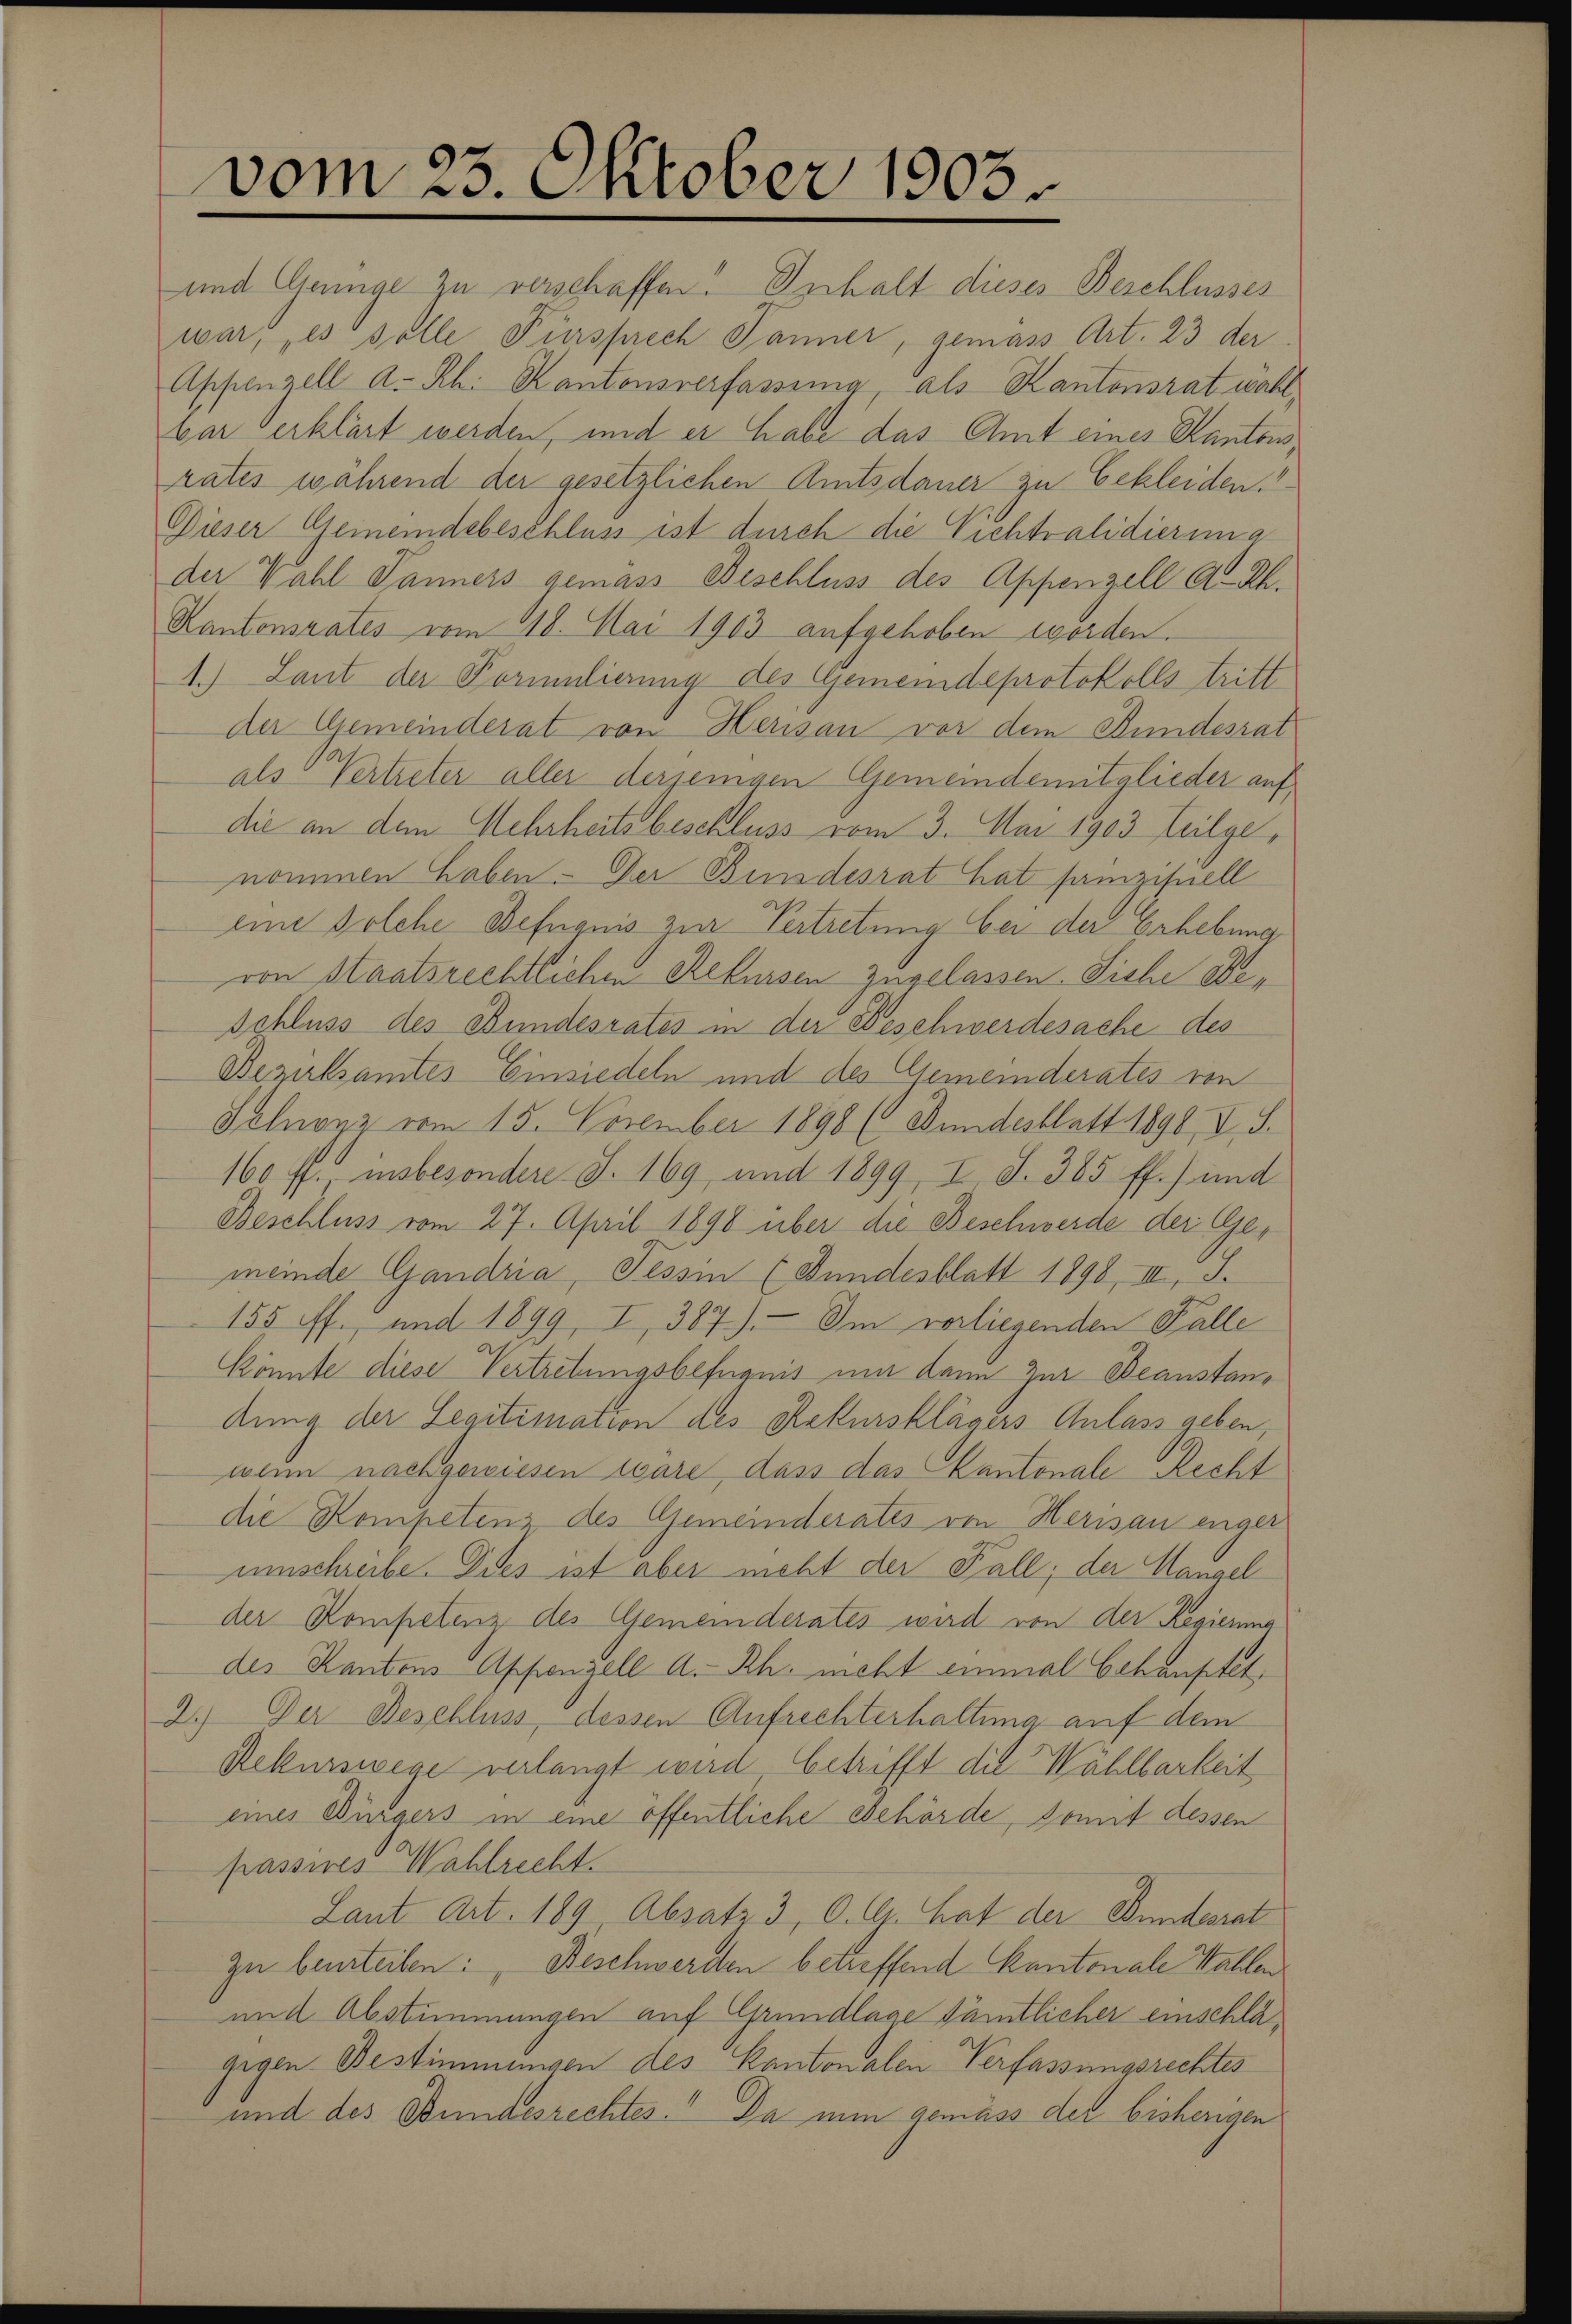
vom 23. Oktober 1903.

und Genge zu verschaffen. Inhalt dieses Beschlusses
war; es solle Fürsprech Jänner, gemäss Art. 23 der
Appenzell A.-Rh. Kantonsverfassung, als Kantonsrat wählbar erklärt werden, und er habe das Amt eines Kantonsrates während der gesetzlichen Amtsdauer zu Erkleiden.“
Dieser Gemeindebeschluss ist durch die Vichtvalidierung
der Wahl Panners gemass Beschluss des Appenzell A.-Rh.
Kantonsrates vom 18. Mai 1903 aufgehoben worden.
1.) Laut der Vormulierung des Gemeindeprotokolls tritt
der Gemeinderat von Herisau vor dem Bundesrat
als Vertreter aller derjenigen Gemeindemitglieder auf,
die an dem Mehrheits beschluss vom 3. Mai 1903 Teilge,
nommen haben. Der Bundesrat hat famzisuell
eine solche Befugnis zur Vertretung bei der Erhebung
von Staatsrechtlichen Rekursen zugelassen. Siche Be¬
Schluss des Bundesrates in der Beschwerdesache des
Bezirksamtes Einsiedeln und des Gemeinderates von
Sehnenz vom 15. November 1898 (Bundesblatt 1890, V S.
160 ff. insbesondere S. 169, und 1899, I. S. 385 ff.) und
Beschluss vom 27. April 1890 über die Beschwerde der Gemeinde Gandria, Tessin (Bundesblatt 1898, III, S.
155 ff., und 1899, I, 387). Im vorliesenden Falle
Könnte diese Vertretungsbefugnis um dann zur Beanstandung der Legitimation des Rekursklägers Anlass geben,
wenn nachgewiesen wäre, dass das Kantonale Recht
die Kompetenz des Gemeinderates von Herisau enger
umschreibe. Dies ist aber nicht der Fall, der Mangel
der Kompetenz des Gemeinderates wird von der Regierung
des Kantons Appenzell A.-Rh. nicht einmal behauptet,
2.) Der Beschluss, dessen Aufrechterhaltung auf dem
Rekurswege verlangt wird, betrifft die Wählbarkeit
eines Bürgers in eine öffentliche Behörde, somit dessen
passires Wahlrecht.
Laut Art. 189 Absatz 3, C. Ch. hat der Bundesrat
zu beurteilen: " Beschwerden betreffend Kantonale Wahlen
und Abstimmungen auf Grundlage sämtlicher einschlägigen Bestimmungen des Kantonalen Verfassungsrechtes
und des Bundesrechtes. Da nun gemäss der bisherigen